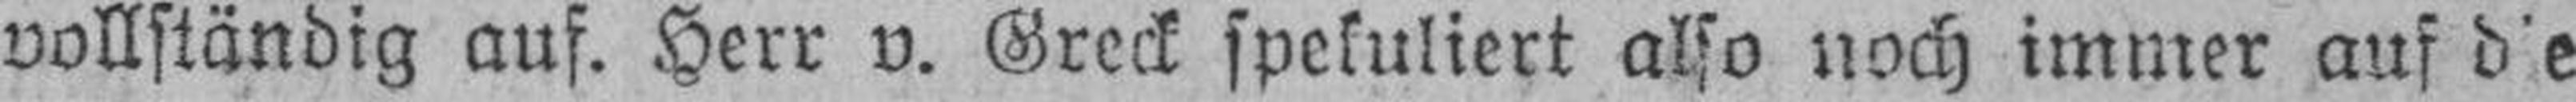
vollständig auf. Herr v. Greck spekuliert also noch immer auf die